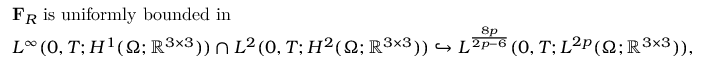
\begin{array} { r l } & { \mathbf { F } _ { R } \; \mathrm { i s ~ u n i f o r m l y ~ b o u n d e d ~ i n } \; } \\ & { L ^ { \infty } ( 0 , T ; H ^ { 1 } ( \Omega ; \mathbb { R } ^ { 3 \times 3 } ) ) \cap L ^ { 2 } ( 0 , T ; H ^ { 2 } ( \Omega ; \mathbb { R } ^ { 3 \times 3 } ) ) \hookrightarrow L ^ { \frac { 8 p } { 2 p - 6 } } ( 0 , T ; L ^ { 2 p } ( \Omega ; \mathbb { R } ^ { 3 \times 3 } ) ) , } \end{array}